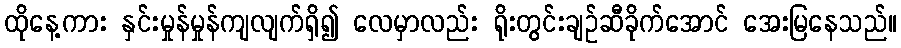
ထိုနေ့ကား နှင်းမှုန်မှုန်ကျလျက်ရှိ၍ လေမှာလည်း ရိုးတွင်းချဉ်ဆီခိုက်အောင် အေးမြနေသည်။